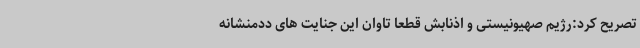
تصریح کرد:رژیم صهیونیستی و اذنابش قطعا تاوان این جنایت های ددمنشانه